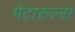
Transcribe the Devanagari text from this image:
मेटारुल्स